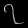
Digit: ၇